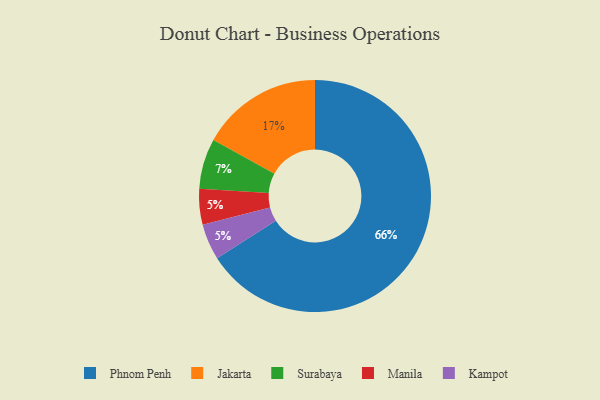
{"axis": {"x": "Category", "y": "Percentage"}, "legend": ["Jakarta", "Kampot", "Manila", "Phnom Penh", "Surabaya"], "data": [{"x": "Phnom Penh", "y": 66, "type": "Phnom Penh"}, {"x": "Surabaya", "y": 7, "type": "Surabaya"}, {"x": "Manila", "y": 5, "type": "Manila"}, {"x": "Kampot", "y": 5, "type": "Kampot"}, {"x": "Jakarta", "y": 17, "type": "Jakarta"}]}